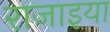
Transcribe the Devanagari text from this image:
राजाइया